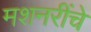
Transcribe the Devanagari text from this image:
मशनरींचे